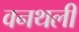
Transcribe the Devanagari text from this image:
वनथली